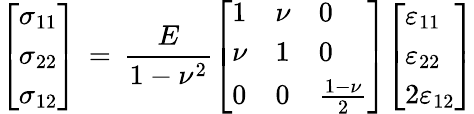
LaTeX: {\left[\begin{array}{l}{\sigma_{11}}\\ {\sigma_{22}}\\ {\sigma_{12}}\end{array}\right]}\, =\, {\frac{E}{1-\nu^{2}}}{\left[\begin{array}{lll}{1}&{\nu}&{0}\\ {\nu}&{1}&{0}\\ {0}&{0}&{{\frac{1-\nu}{2}}}\end{array}\right]}{\left[\begin{array}{l}{\varepsilon_{11}}\\ {\varepsilon_{22}}\\ {2\varepsilon_{12}}\end{array}\right]}